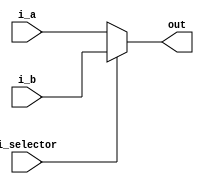
// Coder:           David Adrian Michel Torres, Eduardo Ethandrake Castillo Pulido
// Module name:	  multiplexor_param
// Project Name:	  risc_v_top
// Description:	  This is a 2 input multiplexor, 0 selects a, 1 selects b

module multiplexor_param #(parameter LENGTH=1)(
    //inputs
    input [LENGTH-1:0] i_a,
    input [LENGTH-1:0] i_b,
    input i_selector,
    //outputs
    output [LENGTH-1:0] out
);

//Assigns output using ternary operator
assign out = i_selector ? i_b : i_a;

endmodule